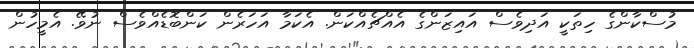
މުސްކާންގެ ހިތަކީ އަދިވެސް އައިޒަންގެ އެއްޗެއްކަން. އެކަމާ އަހަރެން ކަންބޮޑެއްވެސް ނުވޭ. އެމީހުން